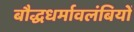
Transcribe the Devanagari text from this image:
बौद्धधर्मावलंबियों